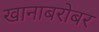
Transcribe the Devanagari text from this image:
खानाबरोबर